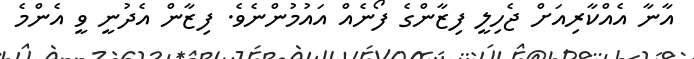
އާނާ އެއްކާރިއަށް ޖެހިލީ ފިޒާންގެ ފޯނެއް އައުމުންނެވެ. ފިޒާން އެދުނީ ވީ އެންމެ